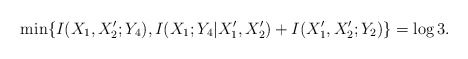
\begin{align*}&\min\{I(X_1,X_2';Y_4),I(X_1;Y_4|X_1',X_2')+I(X_1',X_2';Y_2)\}=\log 3. \end{align*}